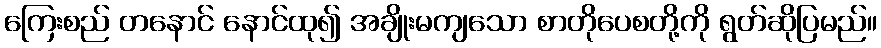
ကြေးစည် တနောင် နောင်ထု၍ အချိုးမကျသော စာတိုပေစတို့ကို ရွတ်ဆိုပြမည်။